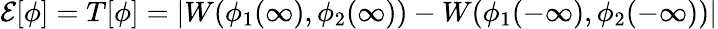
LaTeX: {\cal E}[\phi]=T[\phi]=|W(\phi_{1}(\infty),\phi_{2}(\infty))-W(\phi_{1}(-\infty),\phi_{2}(-\infty))|